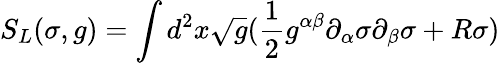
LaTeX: S_{L}(\sigma,g)=\int d^{2}x\sqrt g(\frac{1}{2}g^{\alpha\beta}\partial_{\alpha}\sigma\partial_{\beta}\sigma+R\sigma)